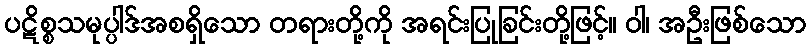
ပဋိစ္စသမုပ္ပါဒ်အစရှိသော တရားတို့ကို အရင်းပြုခြင်းတို့ဖြင့်။ ဝါ၊ အဦးဖြစ်သော